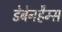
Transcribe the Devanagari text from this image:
डेबेनहैम्स